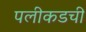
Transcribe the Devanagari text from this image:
पलीकडची